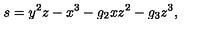
s = y ^ { 2 } z - x ^ { 3 } - g _ { 2 } x z ^ { 2 } - g _ { 3 } z ^ { 3 } ,